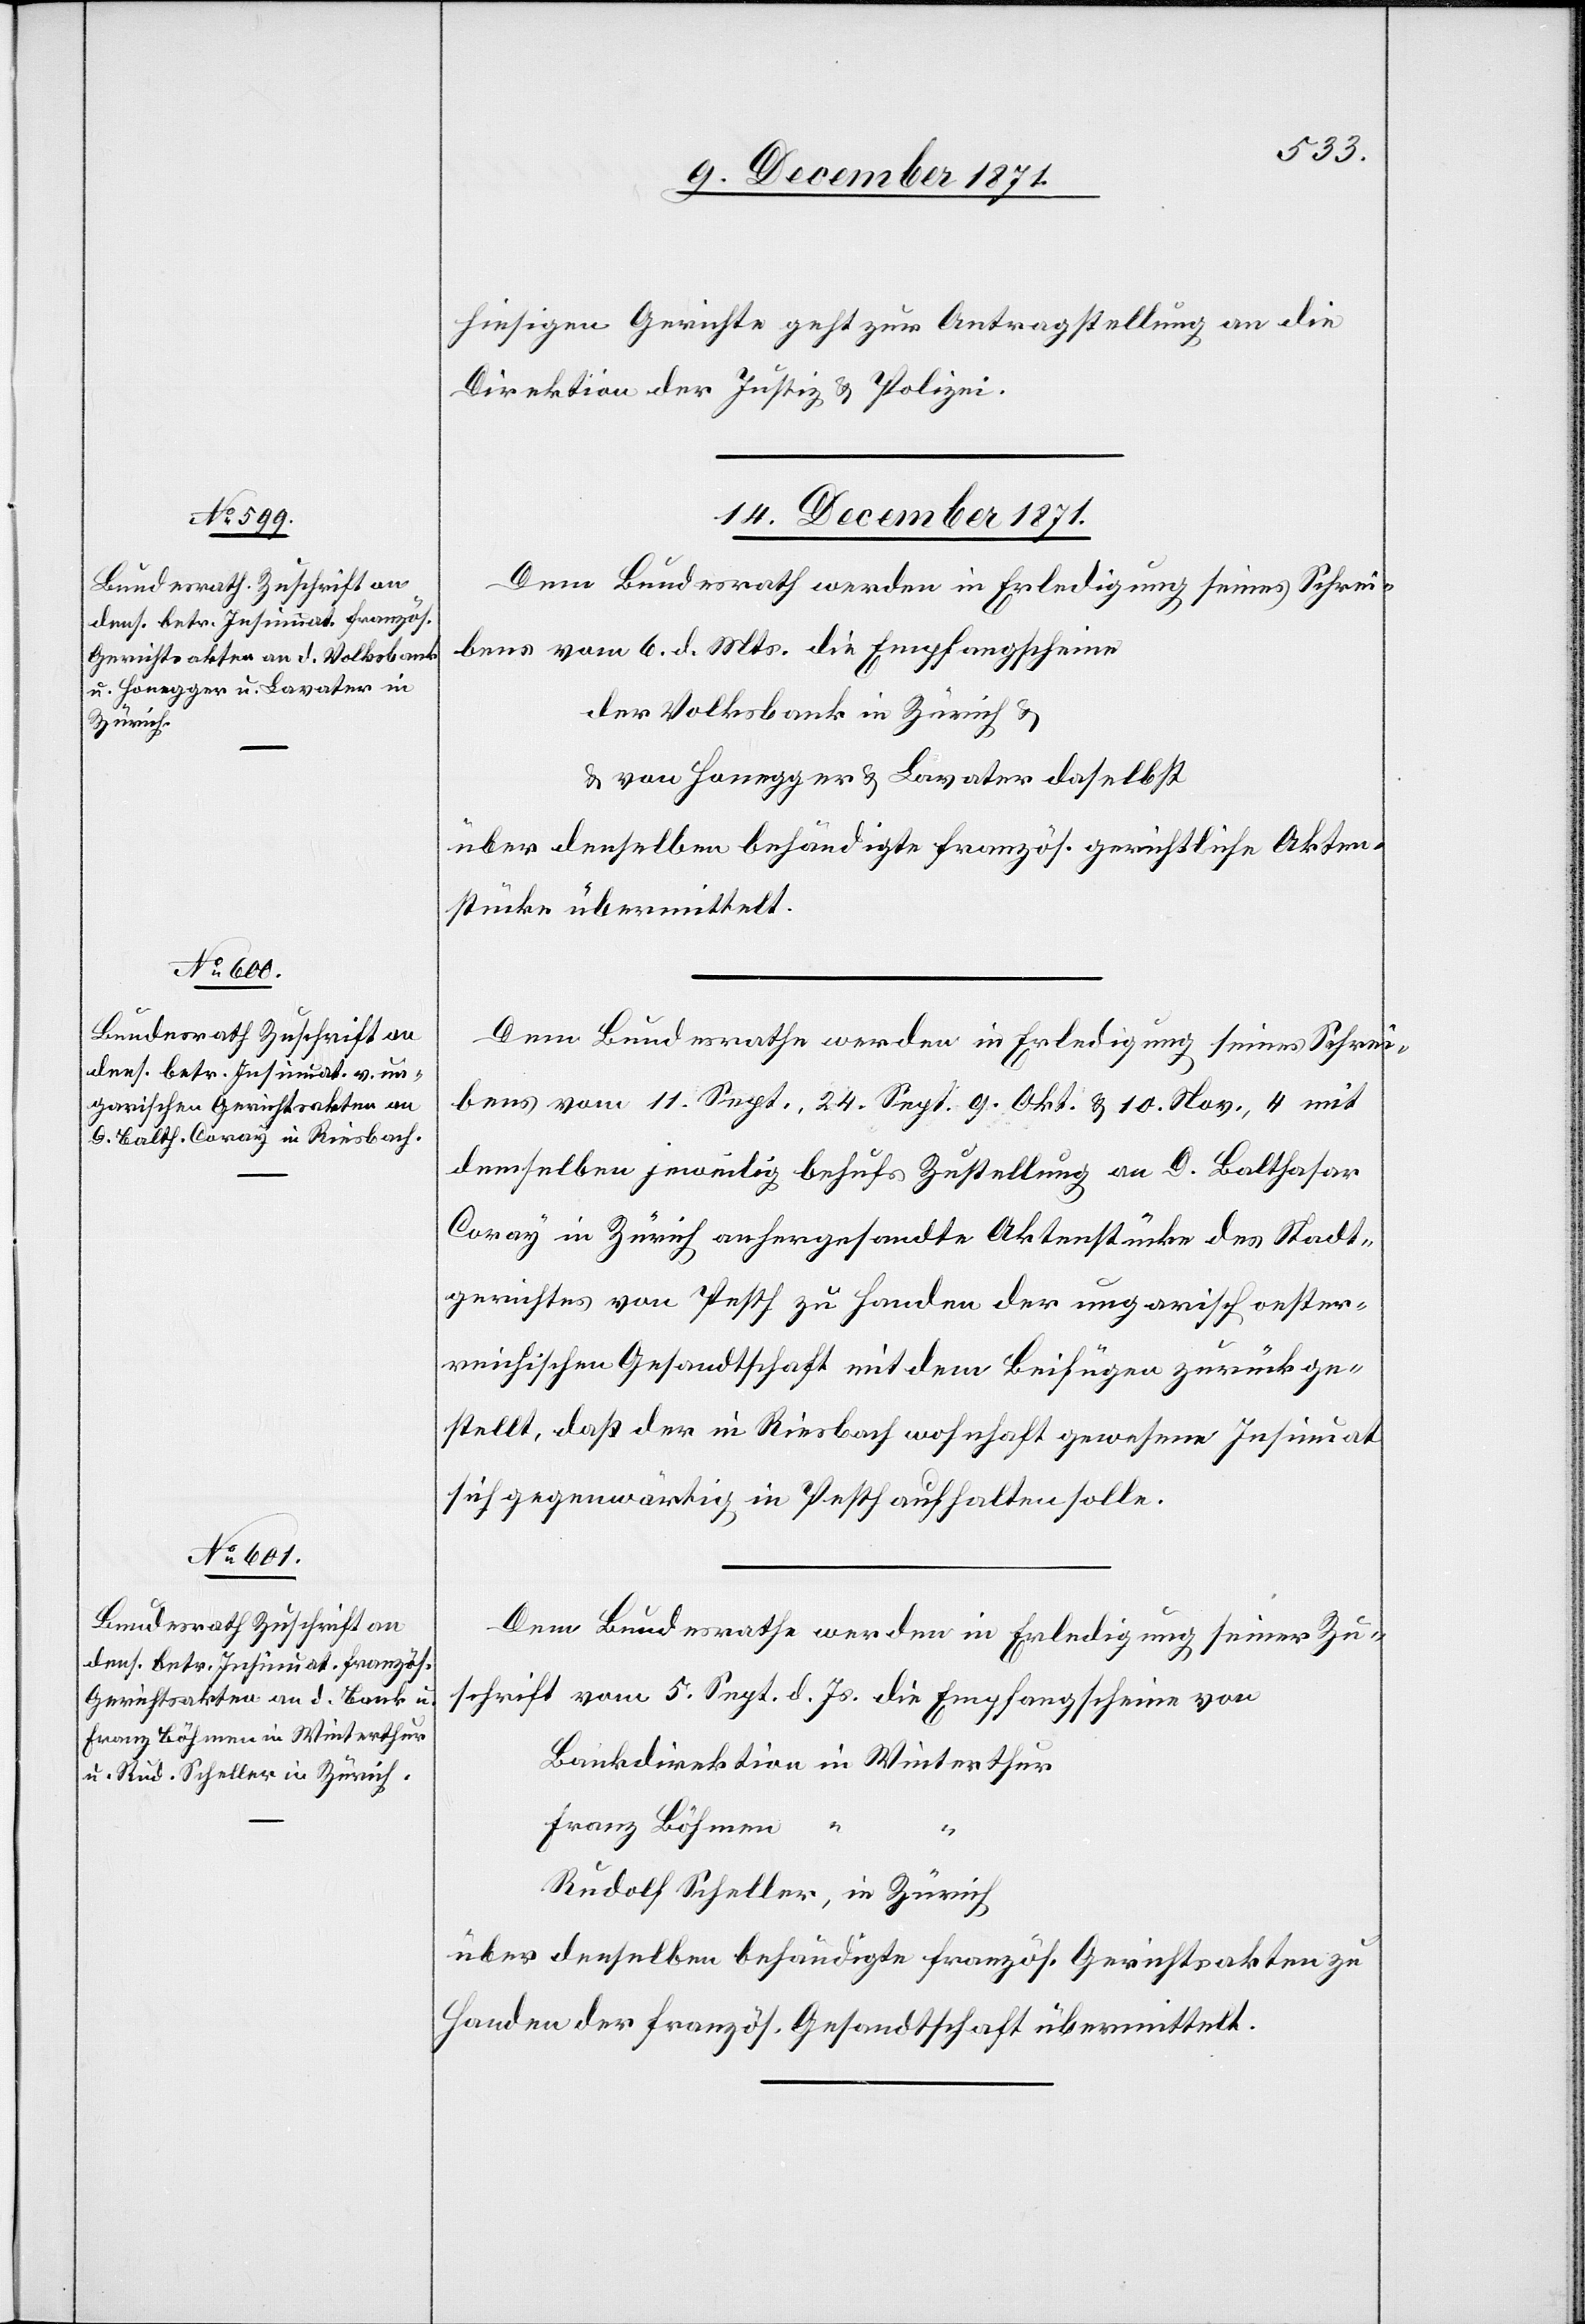
hiesigen Gerichte geht zur Antragstellung an die
Direktion der Justiz & Polizei.
14. December 1871.]
Dem Bundesrath werden in Erledigung seines Schrei¬
bens vom 6. d. Mts. die Empfangscheine
der Volksbank in Zürich &
von Honegger & Lavater daselbst
über denselben behändigte französ. gerichtliche Akten¬
stücke übermittelt.
bens vom 11. Sept., 24. Sept., 9. Okt. & 10. Nov., 4 mit
demselben jeweilig behufs Zustellung an D. Balthasar
Coray in Zürich anhergesandte Aktenstücke des Stadt¬
gerichtes von Pesth zu Handen der ungarisch oester¬
reichischen Gesandtschaft mit dem Beifügen zurückge¬
stellt, daß der in Riesbach wohnhaft gewesene Insinuat
sich gegenwärtig in Pesth aufhalten solle.
Dem Bundesrath werden in Erledigung seiner Zu¬
schrift vom 5. Sept. d. Js. die Empfangscheine von
Bankdirektion in Winterthur
Franz Böhmen
Rudolf Scheller, in Zürich
über denselben behändigte französ. Gerichtsakten zu
Handen der französ. Gesandtschaft übermittelt.